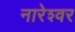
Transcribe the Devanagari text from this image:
नारेश्‍वर